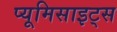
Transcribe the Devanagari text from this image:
प्यूमिसाइट्स